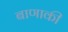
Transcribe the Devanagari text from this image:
बाणाकी